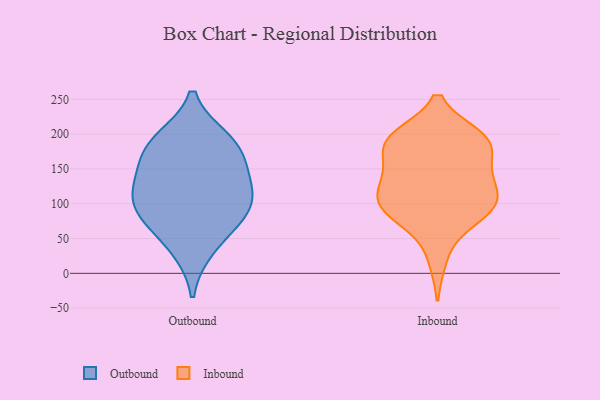
{"axis": {"x": "Website Visitors", "y": "Value"}, "legend": ["Inbound", "Outbound"], "data": [{"x": "", "y": 86, "type": "Outbound"}, {"x": "", "y": 35, "type": "Outbound"}, {"x": "", "y": 185, "type": "Outbound"}, {"x": "", "y": 177, "type": "Outbound"}, {"x": "", "y": 95, "type": "Outbound"}, {"x": "", "y": 76, "type": "Outbound"}, {"x": "", "y": 115, "type": "Outbound"}, {"x": "", "y": 129, "type": "Outbound"}, {"x": "", "y": 192, "type": "Outbound"}, {"x": "", "y": 143, "type": "Outbound"}, {"x": "", "y": 186, "type": "Inbound"}, {"x": "", "y": 147, "type": "Inbound"}, {"x": "", "y": 196, "type": "Inbound"}, {"x": "", "y": 193, "type": "Inbound"}, {"x": "", "y": 193, "type": "Inbound"}, {"x": "", "y": 102, "type": "Inbound"}, {"x": "", "y": 118, "type": "Inbound"}, {"x": "", "y": 21, "type": "Inbound"}, {"x": "", "y": 103, "type": "Inbound"}, {"x": "", "y": 191, "type": "Inbound"}, {"x": "", "y": 94, "type": "Inbound"}, {"x": "", "y": 113, "type": "Inbound"}, {"x": "", "y": 83, "type": "Inbound"}, {"x": "", "y": 73, "type": "Inbound"}, {"x": "", "y": 133, "type": "Inbound"}, {"x": "", "y": 90, "type": "Inbound"}, {"x": "", "y": 194, "type": "Inbound"}, {"x": "", "y": 163, "type": "Inbound"}, {"x": "", "y": 143, "type": "Inbound"}]}